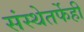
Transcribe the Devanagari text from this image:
संस्थेतर्फेही